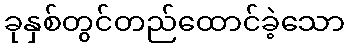
ခုနှစ်တွင်တည်ထောင်ခဲ့သော